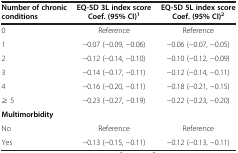
<table><thead><tr><td><b>Number of chronic conditions</b></td><td><b>EQ-5D 3L index score Coef. (95% CI)<sup>1</sup></b></td><td><b>EQ-5D 5L index score Coef. (95% CI)<sup>2</sup></b></td></tr></thead><tbody><tr><td>0</td><td>Reference</td><td>Reference</td></tr><tr><td>1</td><td>−0.07 (−0.09, −0.06)</td><td>−0.06 (−0.07, −0.05)</td></tr><tr><td>2</td><td>−0.12 (−0.14, −0.10)</td><td>−0.10 (−0.12, −0.09)</td></tr><tr><td>3</td><td>−0.14 (−0.17, −0.11)</td><td>−0.12 (−0.14, −0.11)</td></tr><tr><td>4</td><td>−0.16 (−0.20, −0.11)</td><td>−0.18 (−0.21, −0.15)</td></tr><tr><td>≥ 5</td><td>−0.23 (−0.27, −0.19)</td><td>−0.22 (−0.23, −0.20)</td></tr><tr><td><b>Multimorbidity</b></td><td> </td><td> </td></tr><tr><td>No</td><td>Reference</td><td>Reference</td></tr><tr><td>Yes</td><td>−0.13 (−0.15, −0.11)</td><td>−0.12 (−0.13, −0.11)</td></tr></tbody></table>